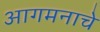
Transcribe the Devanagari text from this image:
आगमनाचे